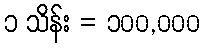
၁ သိန်း = ၁၀၀,၀၀၀